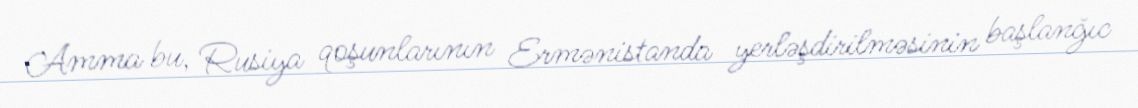
Amma bu, Rusiya qoşunlarının Ermənistanda yerləşdirilməsinin başlanğıc